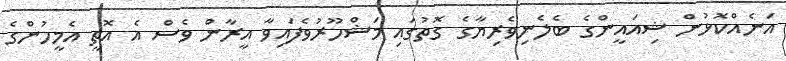
އަނެއްކޮޅުން ޝިއައީންގެ ބެލެނިވެރިޔާގެ ގޮތުގައި މަޝްހޫރުވެފައިވާ އީރާން ވެސް އެ އޮތީ އެމީހުންގެ